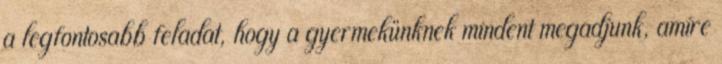
a legfontosabb feladat, hogy a gyermekünknek mindent megadjunk, amire